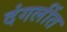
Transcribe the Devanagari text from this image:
दंगलींत